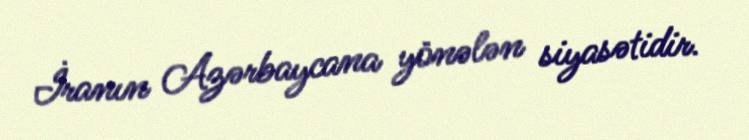
İranın Azərbaycana yönələn siyasətidir.